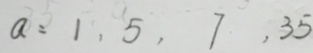
a : 1 , 5 , 7 , 3 5